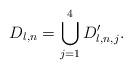
LaTeX: \begin{align*}D_{l,n}=\bigcup_{j=1}^4 D'_{l,n,j}. \end{align*}